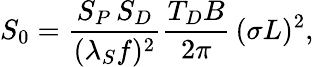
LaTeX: S_{0}=\frac{S_{P}\, S_{D}}{(\lambda_{S}f)^{2}}\frac{T_{D}B}{2\pi}\, (\sigma L)^{2},